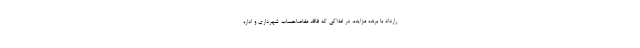
رارداد با برنده مزايده، در املاكي كه فاقد مفاصاحساب شهرداري و اداره